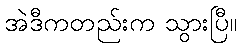
အဲဒီကတည်းက သွားပြီ။